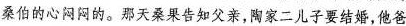
桑伯的心闷闷的。那天桑果告知父亲，陶家二儿子要结婚，他爸